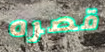
قصره